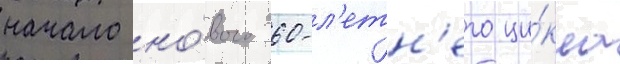
начало но́вого 60-л'етн'его ци́кла